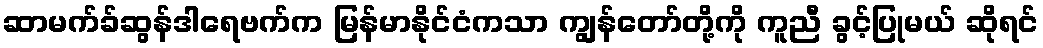
ဆာမက်ခ်ဆွန်ဒါရေဗက်က မြန်မာနိုင်ငံကသာ ကျွန်တော်တို့ကို ကူညီ ခွင့်ပြုမယ် ဆိုရင်